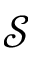
\mathcal { S }